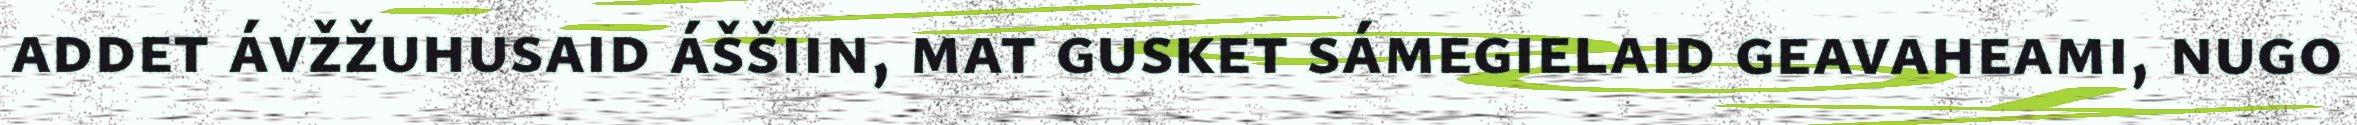
addet ávžžuhusaid áššiin, mat gusket sámegielaid geavaheami, nugo